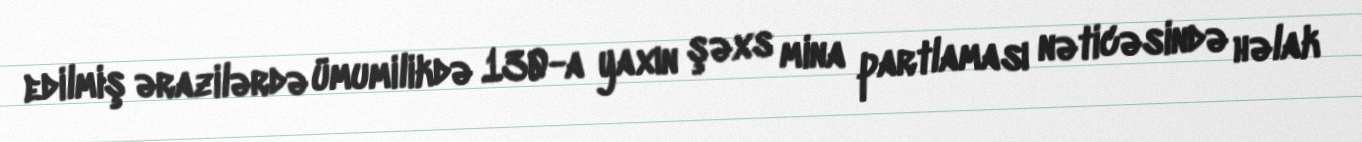
edilmiş ərazilərdə ümumilikdə 130-a yaxın şəxs mina partlaması nəticəsində həlak